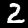
Digit: 2